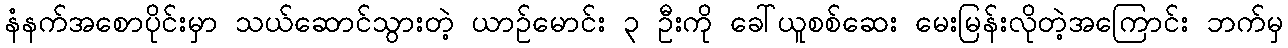
နံနက်အစောပိုင်းမှာ သယ်ဆောင်သွားတဲ့ ယာဉ်မောင်း ၃ ဦးကို ခေါ်ယူစစ်ဆေး မေးမြန်းလိုတဲ့အကြောင်း ဘက်မှ